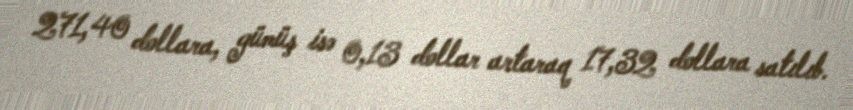
271,40 dollara, gümüş isə 0,13 dollar artaraq 17,32 dollara satılıb.